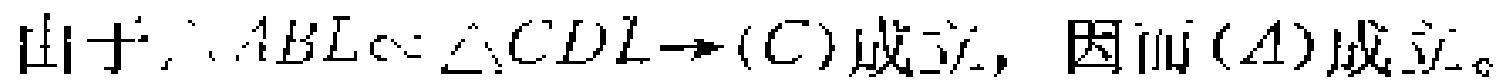
由于$\triangle ABL\sim \triangle CDL\to (C)成立，因而(A)成立。$